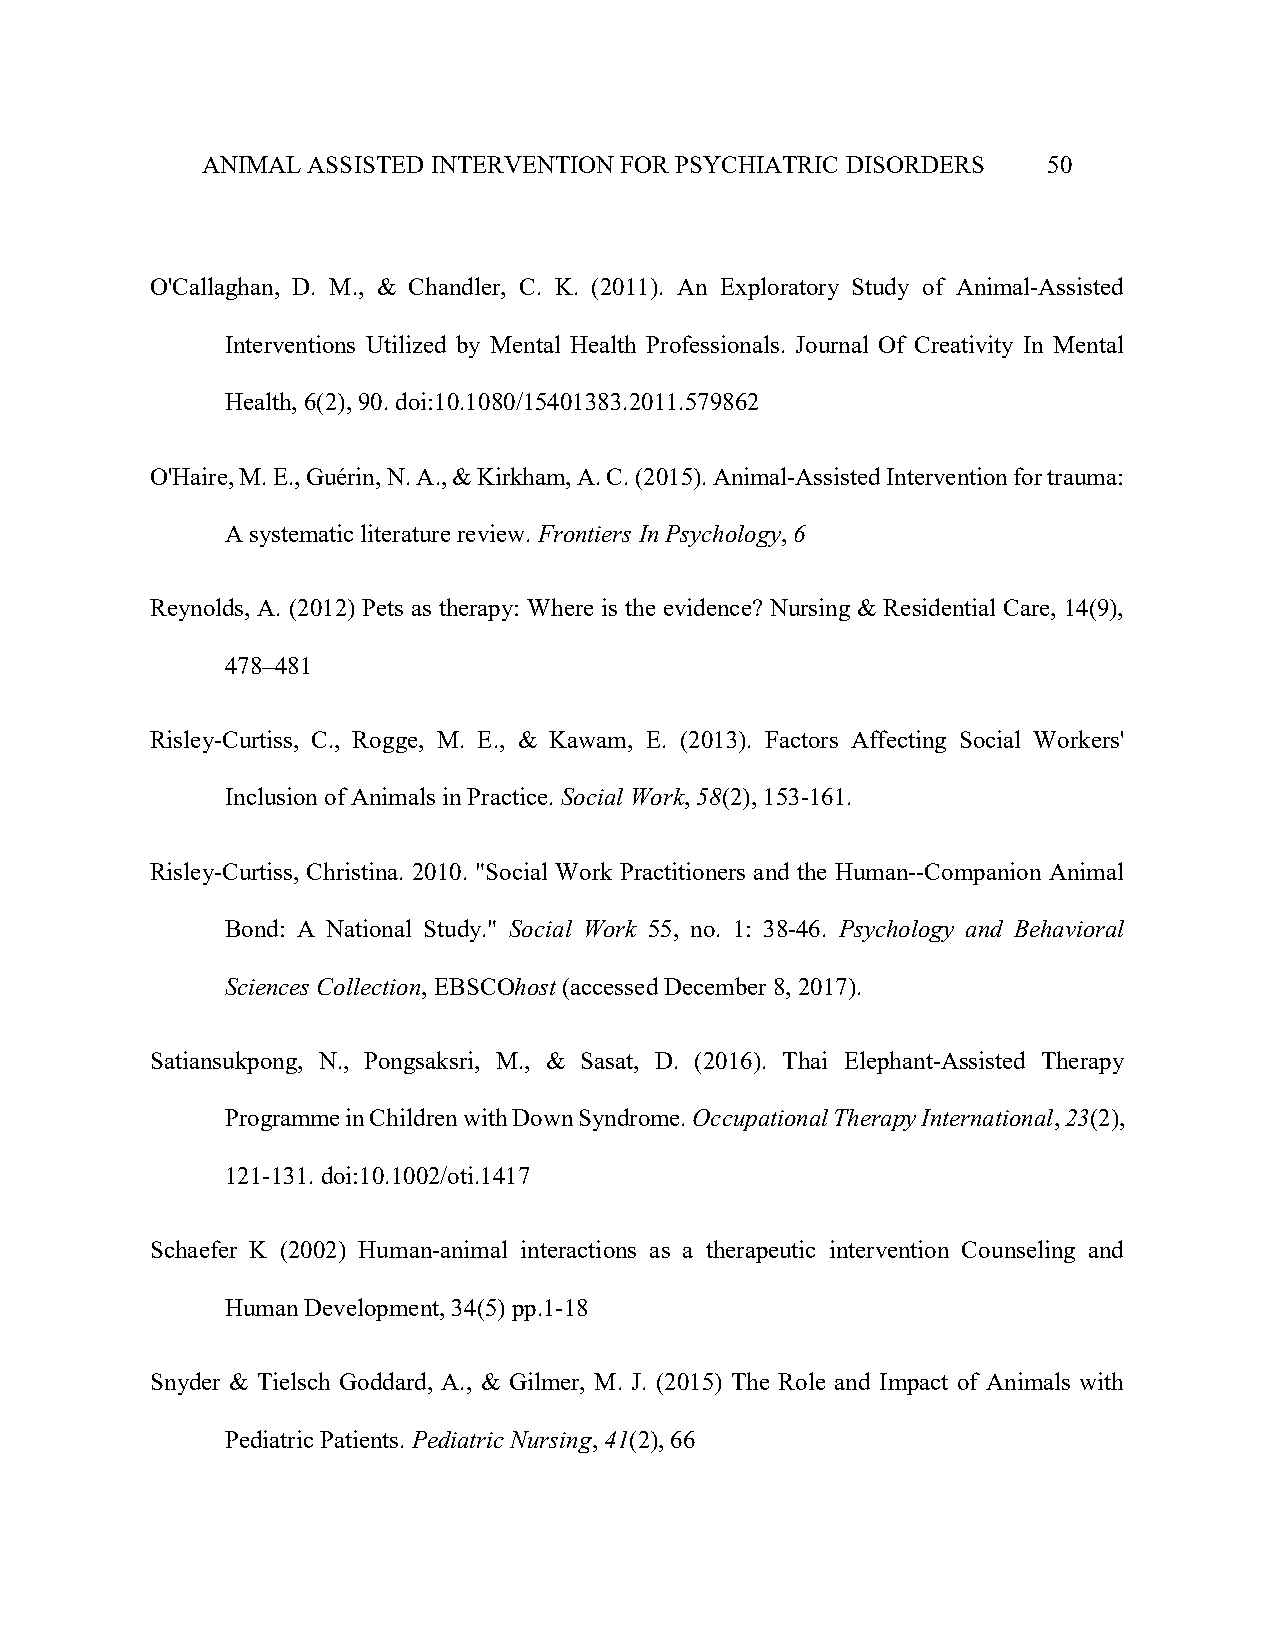
ANIMAL ASSISTED INTERVENTION FOR PSYCHIATRIC DISORDERS  50
 O'Callaghan, D. M., & Chandler, C. K. (2011). An Exploratory Study of Animal-Assisted
 Interventions Utilized by Mental Health Professionals. Journal Of Creativity In Mental
 Health, 6(2), 90. doi:10.1080/15401383.2011.579862
 O'Haire, M. E., Guérin, N. A., & Kirkham, A. C. (2015). Animal-Assisted Intervention for trauma:
 A systematic literature review. Frontiers In Psychology, 6
 Reynolds, A. (2012) Pets as therapy: Where is the evidence? Nursing & Residential Care, 14(9),
 478–481
 Risley-Curtiss, C., Rogge, M. E., & Kawam, E. (2013). Factors Affecting Social Workers'
 Inclusion of Animals in Practice. Social Work, 58(2), 153-161.
 Risley-Curtiss, Christina. 2010. "Social Work Practitioners and the Human--Companion Animal
 Bond: A National Study." Social Work 55, no. 1: 38-46. Psychology and Behavioral
 Sciences Collection, EBSCOhost (accessed December 8, 2017).
 Satiansukpong, N., Pongsaksri, M., & Sasat, D. (2016). Thai Elephant-Assisted Therapy
 Programme in Children with Down Syndrome. Occupational Therapy International, 23(2),
 121-131. doi:10.1002/oti.1417
 Schaefer K (2002) Human-animal interactions as a therapeutic intervention Counseling and
 Human Development, 34(5) pp.1-18
 Snyder & Tielsch Goddard, A., & Gilmer, M. J. (2015) The Role and Impact of Animals with
 Pediatric Patients. Pediatric Nursing, 41(2), 66